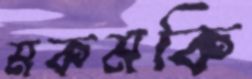
মকমকি